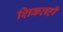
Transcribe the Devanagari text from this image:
शिकतही